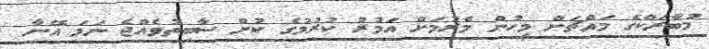
މުބާރަކްގެ މައްޗަށް މީހުން މެރުމަށް އަމުރު ކުރުމުގެ ކުށް ސާބިތުވެއްޖެ ނަމަ އޭނާ